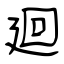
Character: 廻